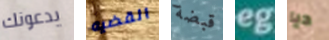
يدعونك القضيه قبضة eg ديا